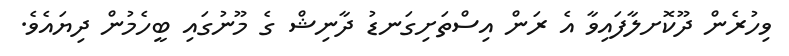
ވިހުރެން ދޫކޮށލާފައިވާ އެ ރަން އިސްތަށިގަނޑު ދާނިޝް ގެ މޫނުގައި ބީހެމުން ދިޔައެވެ.